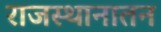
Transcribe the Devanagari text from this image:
राजस्थानातन